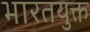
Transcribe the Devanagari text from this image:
भारतयुक्त